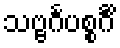
သဗ္ဗင်္ဂပစ္စင်္ဂိံ